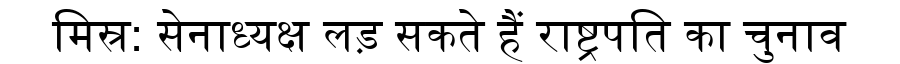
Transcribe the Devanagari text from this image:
मिस्र: सेनाध्यक्ष लड़ सकते हैं राष्ट्रपति का चुनाव